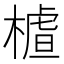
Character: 𣙁